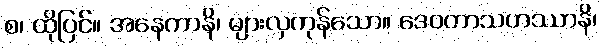
စ၊ ထိုပြင်။ အနေကာနိ၊ များလှကုန်သော။ ဒေဝတာသဟဿာနိ၊